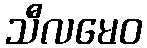
သီလမေဝ